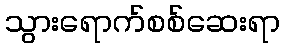
သွားရောက်စစ်ဆေးရာ